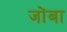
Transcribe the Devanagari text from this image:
जोंबा